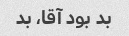
بد بود آقا، بد